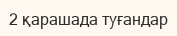
2 қарашада туғандар